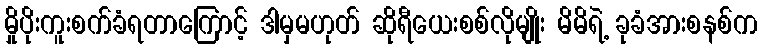
မှိုပိုးကူးစက်ခံရတာကြောင့် ဒါမှမဟုတ် ဆိုရီယေးစစ်လိုမျိုး မိမိရဲ့ ခုခံအားစနစ်က